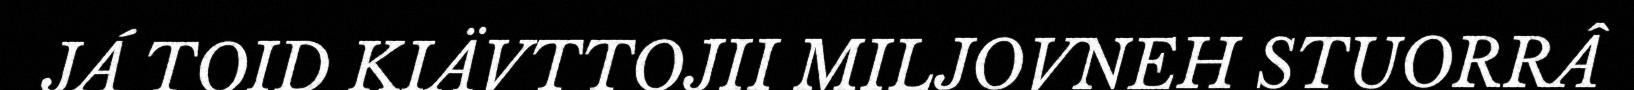
JÁ TOID KIÄVTTOJII MILJOVNEH STUORRÂ